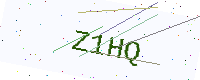
Text: Z1HQ